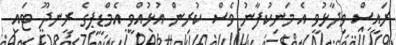
ރައީސް ވިދާޅުވީ އެ މަނިކުފާނު ވެސް ކުރިން އުޅުއްވީ އެމްޑީޕީގެ ރީނދޫ ޓައި